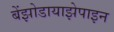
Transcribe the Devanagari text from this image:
बेंझोडायाझेपाइन